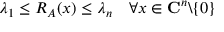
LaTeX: \lambda _ { 1 } \leq R _ { A } ( x ) \leq \lambda _ { n } \quad \forall x \in \mathbf { C } ^ { n } \backslash \{ 0 \}